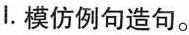
I.模仿例句造句。